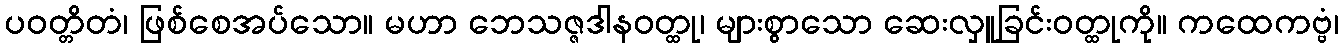
ပဝတ္တိတံ၊ ဖြစ်စေအပ်သော။ မဟာ ဘေသဇ္ဇဒါနဝတ္ထု၊ များစွာသော ဆေးလှူခြင်းဝတ္ထုကို။ ကထေကဗ္ဗံ၊